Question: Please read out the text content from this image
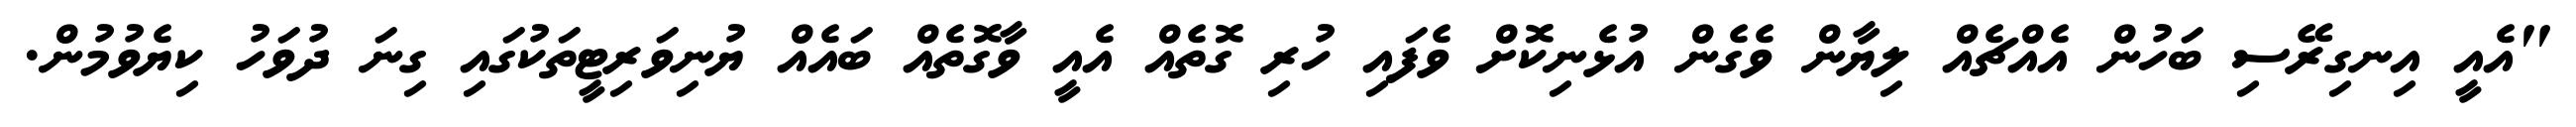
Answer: "އެއީ އިނގިރޭސި ބަހުން އެއްޗެއް ލިޔާން ވެގެން އުޅެނިކޮށް ވެފައި ހުރި ގޮތެއް އެއީ ވާގޮތެއް ބައެއް ޔުނިވަރިޓީތަކުގައި ގިނަ ދުވަހު ކިޔެވުމުން.